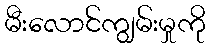
မီးလောင်ကျွမ်းမှုကို